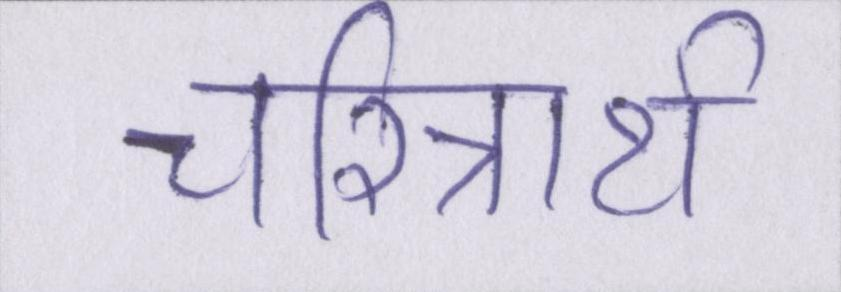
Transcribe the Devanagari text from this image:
चरित्रार्थ